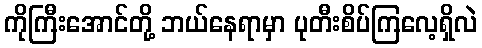
ကိုကြီးအောင်တို့ ဘယ်နေရာမှာ ပုတီးစိပ်ကြလေ့ရှိလဲ